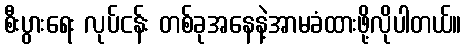
စီးပွားရေး လုပ်ငန်း တစ်ခုအနေနဲ့အာမခံထားဖို့လိုပါတယ်။